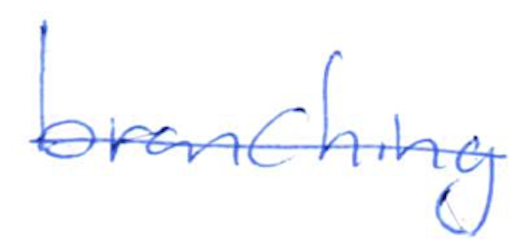
Text: branching
Cross-out: single-line
Writing tool: ballpoint